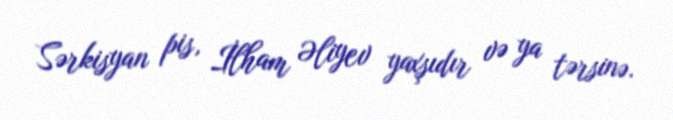
Sərkisyan pis, İlham Əliyev yaxşıdır və ya tərsinə.